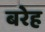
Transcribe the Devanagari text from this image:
बरेह